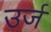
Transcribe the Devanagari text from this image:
उर्ज